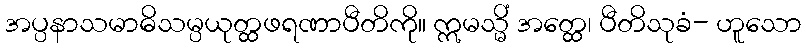
အပ္ပနာသမာဓိသမ္ပယုတ္ထဖရဏာပီတိကို။ ဣမသ္မိံ အတ္ထေ၊ ပီတိသုခံ- ဟူသော